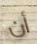
أن